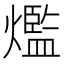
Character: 爁